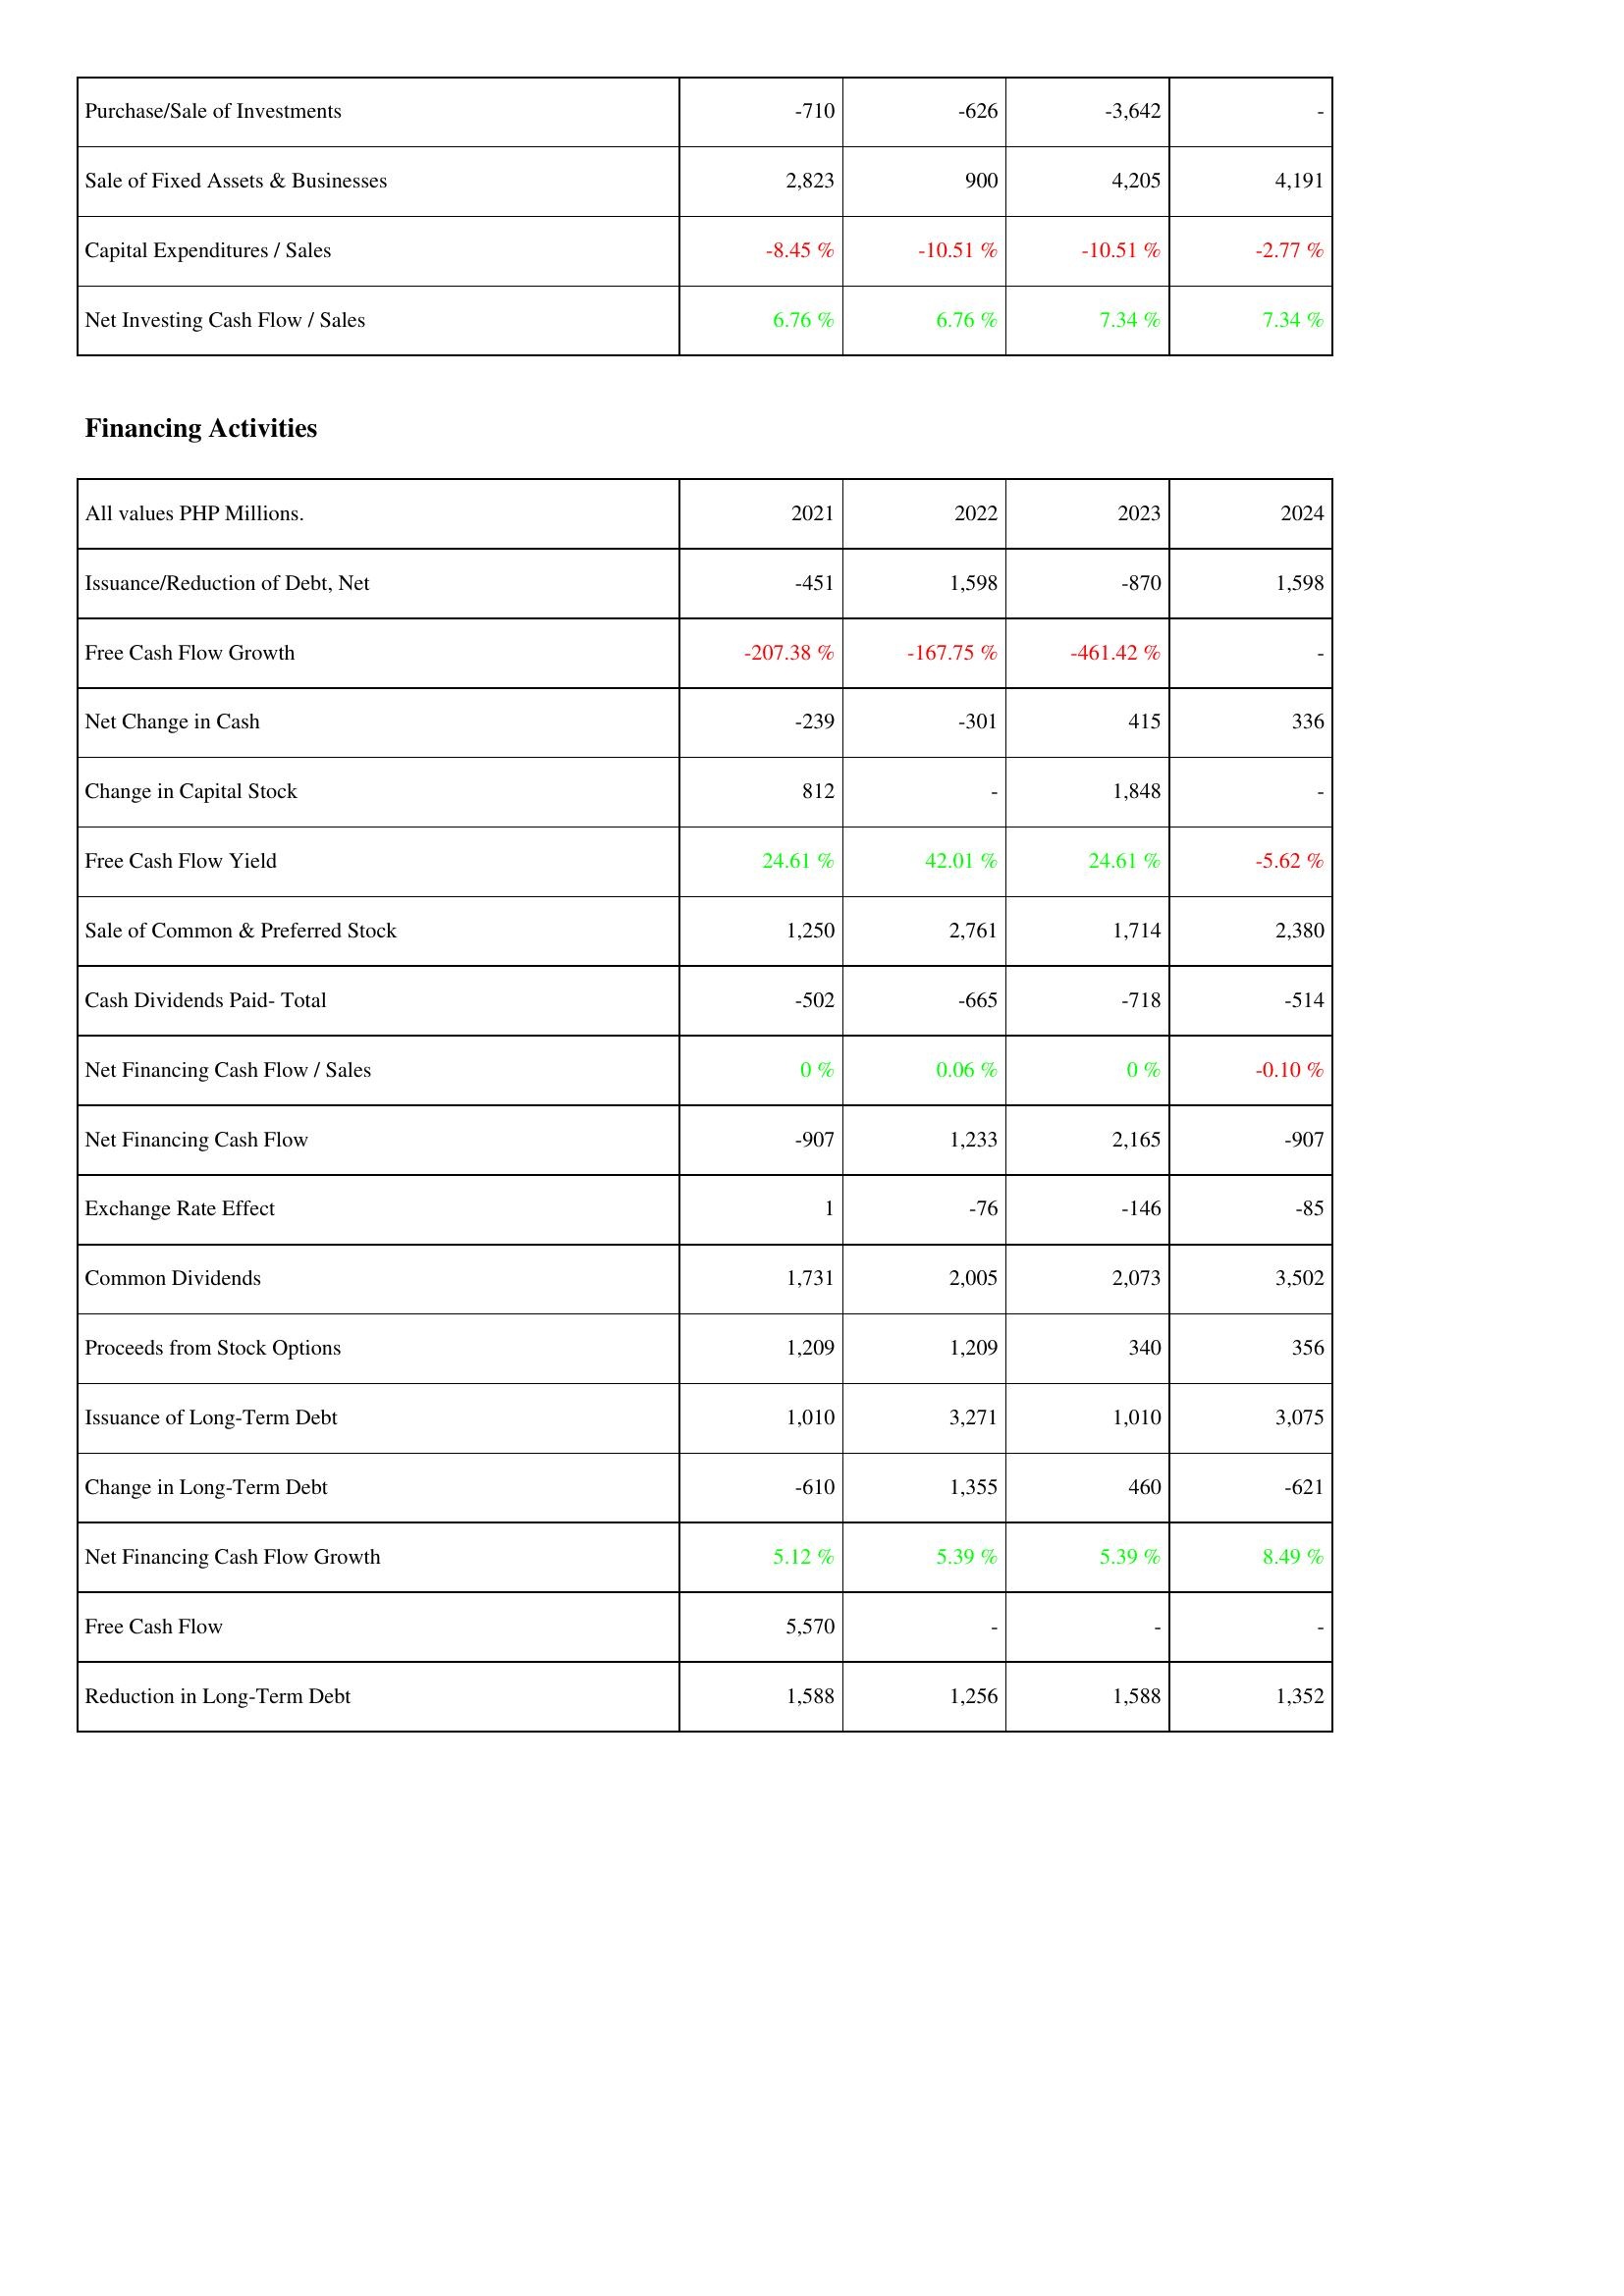
2021: Investing Activities: Purchase/Sale of Investments: -710
Sale of Fixed Assets & Businesses: 2,823
Capital Expenditures / Sales: -8.45 %
Net Investing Cash Flow / Sales: 6.76 %
Financing Activities: Issuance/Reduction of Debt, Net: -451
Free Cash Flow Growth: -207.38 %
Net Change in Cash: -239
Change in Capital Stock: 812
Free Cash Flow Yield: 24.61 %
Sale of Common & Preferred Stock: 1,250
Cash Dividends Paid- Total: -502
Net Financing Cash Flow / Sales: 0 %
Net Financing Cash Flow: -907
Exchange Rate Effect: 1
Common Dividends: 1,731
Proceeds from Stock Options: 1,209
Issuance of Long-Term Debt: 1,010
Change in Long-Term Debt: -610
Net Financing Cash Flow Growth: 5.12 %
Free Cash Flow: 5,570
Reduction in Long-Term Debt: 1,588
2022: Investing Activities: Purchase/Sale of Investments: -626
Sale of Fixed Assets & Businesses: 900
Capital Expenditures / Sales: -10.51 %
Net Investing Cash Flow / Sales: 6.76 %
Financing Activities: Issuance/Reduction of Debt, Net: 1,598
Free Cash Flow Growth: -167.75 %
Net Change in Cash: -301
Change in Capital Stock: -
Free Cash Flow Yield: 42.01 %
Sale of Common & Preferred Stock: 2,761
Cash Dividends Paid- Total: -665
Net Financing Cash Flow / Sales: 0.06 %
Net Financing Cash Flow: 1,233
Exchange Rate Effect: -76
Common Dividends: 2,005
Proceeds from Stock Options: 1,209
Issuance of Long-Term Debt: 3,271
Change in Long-Term Debt: 1,355
Net Financing Cash Flow Growth: 5.39 %
Free Cash Flow: -
Reduction in Long-Term Debt: 1,256
2023: Investing Activities: Purchase/Sale of Investments: -3,642
Sale of Fixed Assets & Businesses: 4,205
Capital Expenditures / Sales: -10.51 %
Net Investing Cash Flow / Sales: 7.34 %
Financing Activities: Issuance/Reduction of Debt, Net: -870
Free Cash Flow Growth: -461.42 %
Net Change in Cash: 415
Change in Capital Stock: 1,848
Free Cash Flow Yield: 24.61 %
Sale of Common & Preferred Stock: 1,714
Cash Dividends Paid- Total: -718
Net Financing Cash Flow / Sales: 0 %
Net Financing Cash Flow: 2,165
Exchange Rate Effect: -146
Common Dividends: 2,073
Proceeds from Stock Options: 340
Issuance of Long-Term Debt: 1,010
Change in Long-Term Debt: 460
Net Financing Cash Flow Growth: 5.39 %
Free Cash Flow: -
Reduction in Long-Term Debt: 1,588
2024: Investing Activities: Purchase/Sale of Investments: -
Sale of Fixed Assets & Businesses: 4,191
Capital Expenditures / Sales: -2.77 %
Net Investing Cash Flow / Sales: 7.34 %
Financing Activities: Issuance/Reduction of Debt, Net: 1,598
Free Cash Flow Growth: -
Net Change in Cash: 336
Change in Capital Stock: -
Free Cash Flow Yield: -5.62 %
Sale of Common & Preferred Stock: 2,380
Cash Dividends Paid- Total: -514
Net Financing Cash Flow / Sales: -0.10 %
Net Financing Cash Flow: -907
Exchange Rate Effect: -85
Common Dividends: 3,502
Proceeds from Stock Options: 356
Issuance of Long-Term Debt: 3,075
Change in Long-Term Debt: -621
Net Financing Cash Flow Growth: 8.49 %
Free Cash Flow: -
Reduction in Long-Term Debt: 1,352